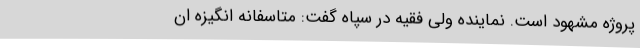
پروژه مشهود است. نماینده ولی فقیه در سپاه گفت: متاسفانه انگیزه ان